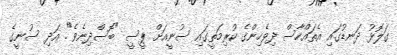
ގަލޮޅު ދަނޑުގައި އެތައްހާސް ދިވެހިންގެ ކުރިމަތީގައި ސުނީއަށް ޕީސީ "ބޮސްދިނެވެ". އަދި ސުނީގެ